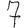
Digit: 7